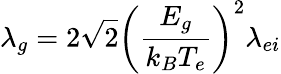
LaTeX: \lambda_{g}=2\sqrt 2\left(\frac{E_{g}}{k_{B}T_{e}}\right)^{2}\lambda_{ei}